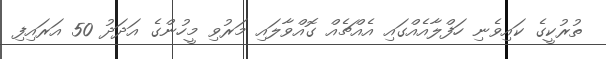
ތުރުކީގެ ކައިވެނި ހަފްލާއެއްގައި އެއްޗެއް ގޮއްވާލައި މަރުވި މީހުންގެ އަދަދު 50 އަރައިފި